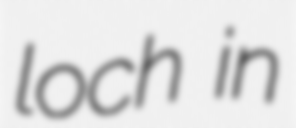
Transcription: loch in